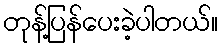
တုန့်ပြန်ပေးခဲ့ပါတယ်။